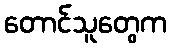
တောင်သူတွေက